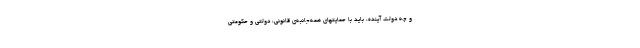
و چه دولت آینده، باید با حمایتهای همه‌جانبه‌ی قانونی، دولتی و حکومتی